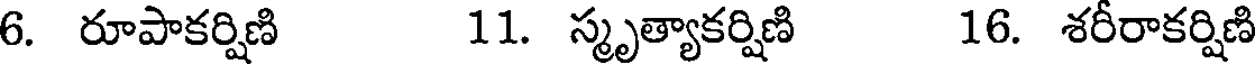
6. రూపాకర్షిణి 11. స్మృత్యాకర్షిణి 16. శరీరాకర్షిణి